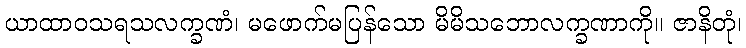
ယာထာဝသရသလက္ခဏံ၊ မဖောက်မပြန်သော မိမိသဘောလက္ခဏာကို။ ဇာနိတုံ၊